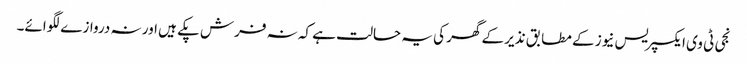
نجی ٹی وی ایکسپریس نیوز کے مطابق نذیر کے گھر کی یہ حالت ہے کہ نہ فرش پکے ہیں اور نہ دروازے لگوائے۔